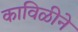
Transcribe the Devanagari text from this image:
काविळीने